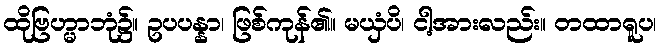
ထိုဗြဟ္မာဘုံ၌။ ဥပပန္နာ၊ ဖြစ်ကုန်၏။ မယှံပိ၊ ငါ့အားလည်း။ တထာရူပ၊